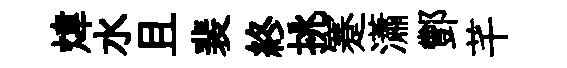
煒水且裴終挑蹇瀟酆芊